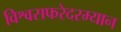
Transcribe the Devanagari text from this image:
विश्वसफरेदरम्यान